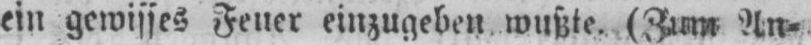
ein gewisses Feuer einzugeben wußte. (Zum An⸗